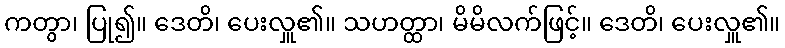
ကတွာ၊ ပြု၍။ ဒေတိ၊ ပေးလှူ၏။ သဟတ္ထာ၊ မိမိလက်ဖြင့်။ ဒေတိ၊ ပေးလှူ၏။